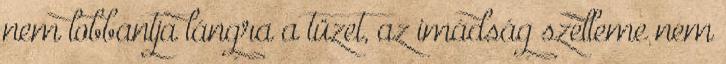
nem lobbantja lángra a tüzet, az imádság szelleme nem